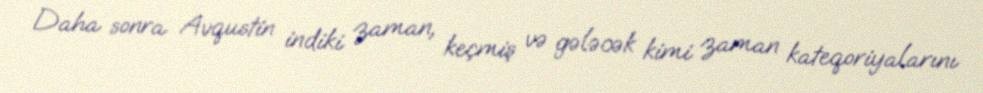
Daha sonra Avqustin indiki zaman, keçmiş və gələcək kimi zaman kateqoriyalarını